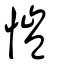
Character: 愷